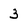
Character: 3